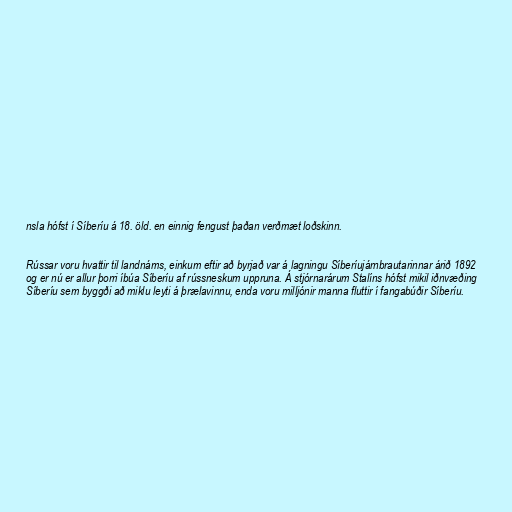
nsla hófst í Síberíu á 18. öld. en einnig fengust þaðan verðmæt loðskinn.

Rússar voru hvattir til landnáms, einkum eftir að byrjað var á lagningu Síberíujárnbrautarinnar árið 1892
og er nú er allur þorri íbúa Síberíu af rússneskum uppruna. Á stjórnarárum Stalíns hófst mikil iðnvæðing
Síberíu sem byggði að miklu leyti á þrælavinnu, enda voru milljónir manna fluttir í fangabúðir Síberíu.